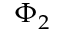
\Phi _ { 2 }